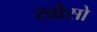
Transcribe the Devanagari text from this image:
खोसो